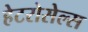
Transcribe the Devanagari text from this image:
हेटरोसेल्स